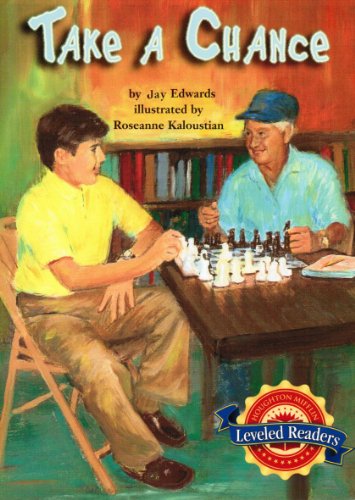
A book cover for Take A Chance (Leveled Readers Book 1); Jay Edwards; Teen & Young Adult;